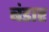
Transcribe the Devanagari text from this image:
बंडार